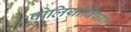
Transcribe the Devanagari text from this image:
पोलियोविषाणु